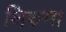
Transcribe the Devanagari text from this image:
थिरुमा